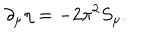
\partial _ { \mu } \eta = - 2 \pi ^ { 2 } S _ { \mu } .